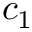
c _ { 1 }